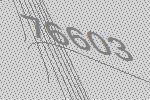
76603